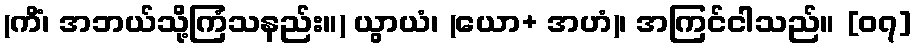
(ကိံ၊ အဘယ်သို့ကြံသနည်း။) ယွာယံ၊ (ယော+ အဟံ)၊ အကြင်ငါသည်။ [၀၇]